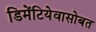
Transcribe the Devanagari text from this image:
डिमेंटियेवासोबत